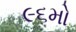
૯૬મો